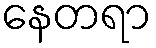
နေတရာ